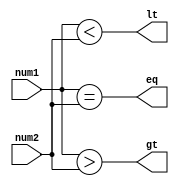
module magnitude_comparator (
    input [7:0] num1,
    input [7:0] num2,
    output wire gt,  // greater than
    output wire lt,  // less than
    output wire eq   // equal to
);

assign gt = (num1 > num2);
assign lt = (num1 < num2);
assign eq = (num1 == num2);

endmodule